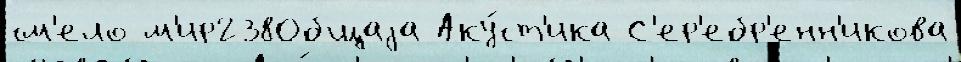
см'ело м'ир238Общаjа Аку́ст'ика С'ер'ебр'енн'икова